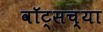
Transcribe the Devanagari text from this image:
वॉट्सच्या